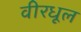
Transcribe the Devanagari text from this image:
वीरधूल